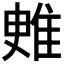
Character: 𨾳